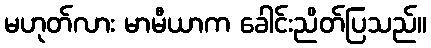
မဟုတ်လား မာမီယာက ခေါင်းညိတ်ပြသည်။